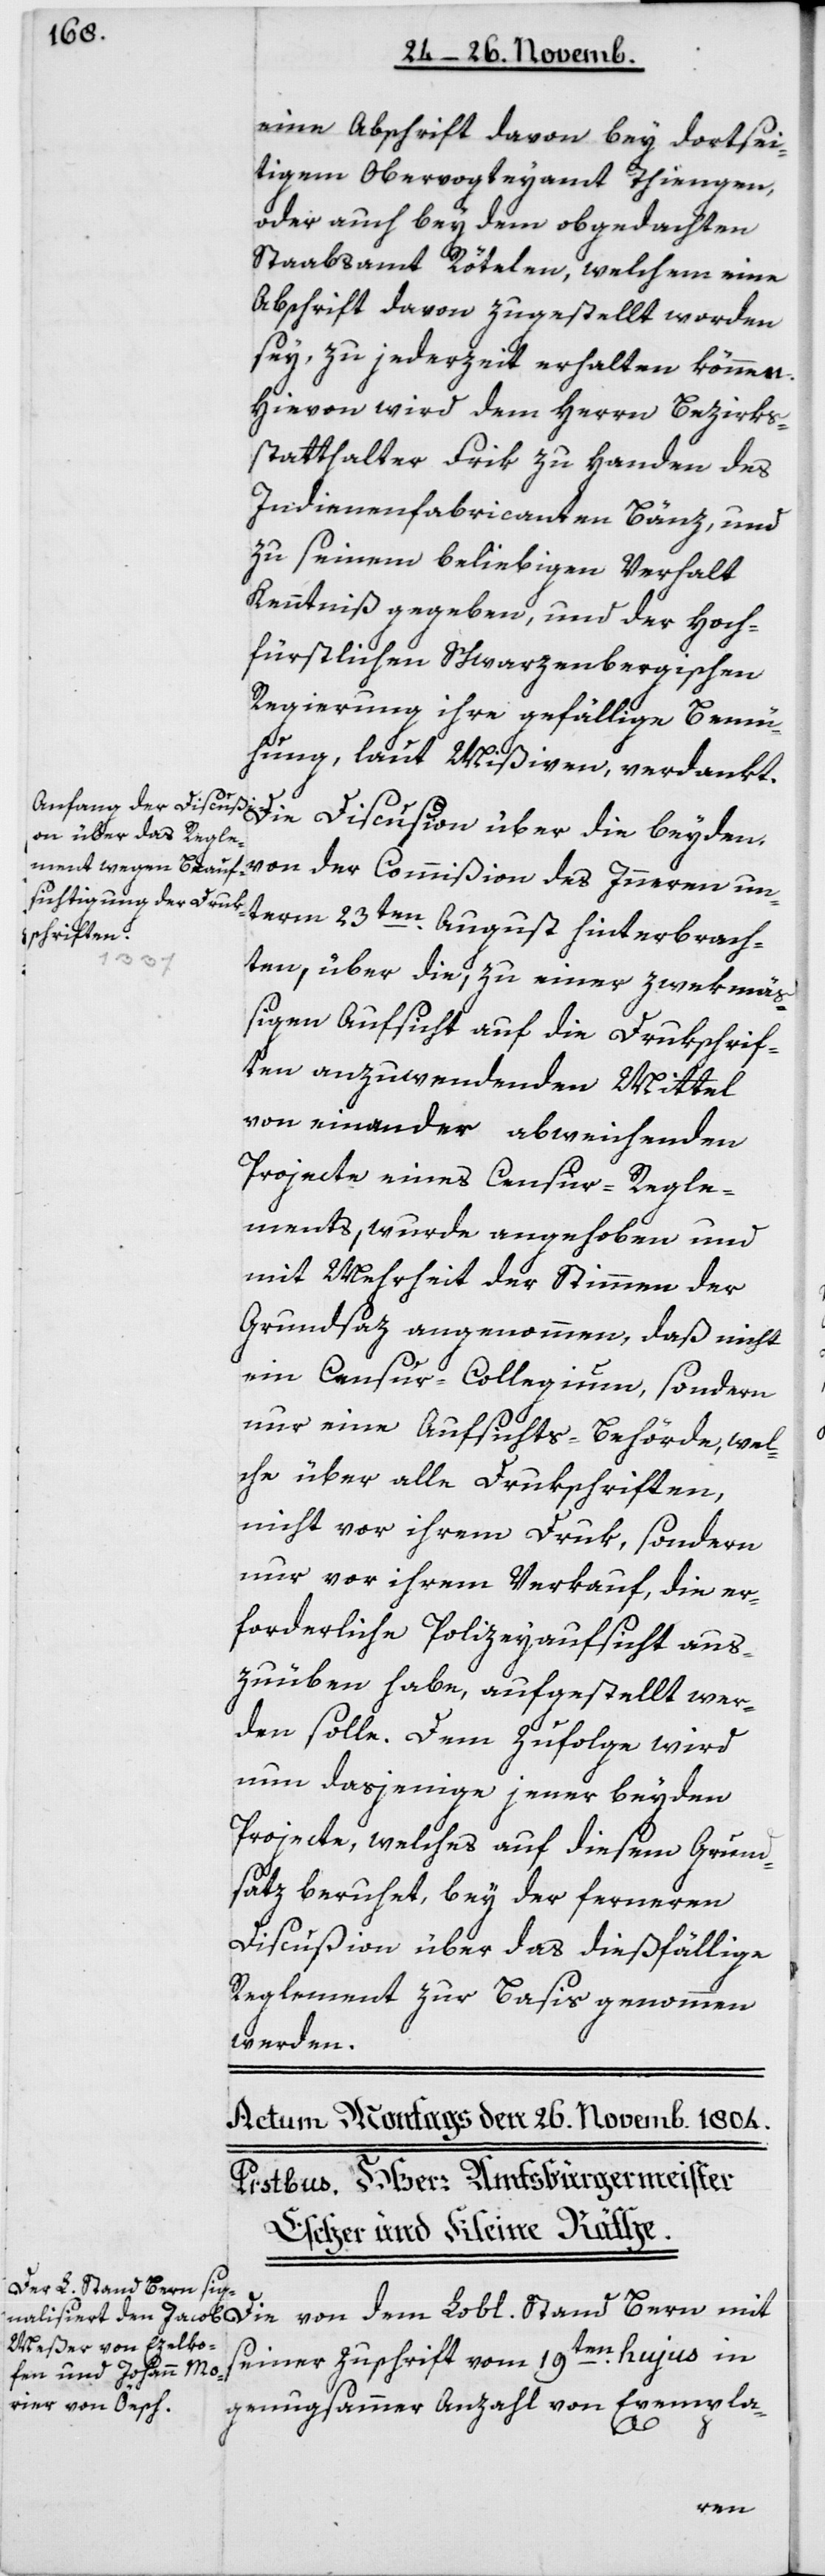
eine Abschrift davon bey dortsei¬
tigem Obervogteyamt Thiengen,
oder auch bey dem obgedachten
Staabsamt Rötelen, welchem eine
Abschrift davon zugestellt worden
sey, zu jeder Zeit erhalten können.
Hievon wird dem Herrn Bezirks¬
statthalter Frik zu Handen des
Indiennenfabricanten Bänz und
zu seinem beliebigen Verhalt
Kenntniß gegeben, und der Hoch¬
fürstlichen Schwarzenbergischen
Regierung ihre gefällige Bemü¬
hung, laut Mißiven, verdankt.
Die Discußion über die beyden
von der Commißion des Inneren un¬
term 23ten August hinterbrach¬
ten, über die zu einer zwekmäß¬
igen Aufsicht auf die Drukschrif¬
ten anzuwendenden Mittel
von einander abweichenden
Projecte eines Censur-Regle¬
ments, wurde angehoben und
mit Mehrheit der Stimmen der
Grundsaz angenommen, daß nicht
ein Censur-Collegium, sondern
nur eine Aufsichts-Behörde, wel¬
che über alle Drukschriften,
nicht vor ihrem Druk, sondern
nur vor ihrem Verkauf, die er¬
forderliche Polizeyaufsicht aus¬
zuüben habe, aufgestellt wer¬
den solle. Dem zufolge wird
nun dasjenige jener beyden
Projecte, welches auf diesem Grund¬
satz beruhet, bey der ferneren
Discußion über das diesfällige
Reglement zur Basis genommen
werden.
Lobl. Stand Bern mit
seiner Zuschrift vom 19ten hujus in
genugsamer Anzahl von Exempla-